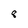
Character: 8